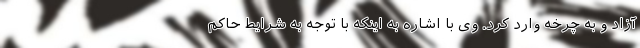
آزاد و به چرخه وارد کرد. وی با اشاره به اینکه با توجه به شرایط حاکم